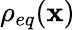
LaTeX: \rho_{eq}(\mathbf{x})